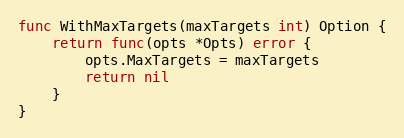
Language: Go
func WithMaxTargets(maxTargets int) Option {
	return func(opts *Opts) error {
		opts.MaxTargets = maxTargets
		return nil
	}
}